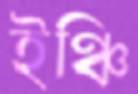
ইঞ্চি